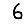
Digit: 6